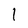
Character: 1